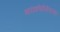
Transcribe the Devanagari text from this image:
मायक्रोप्रोसेसरवर